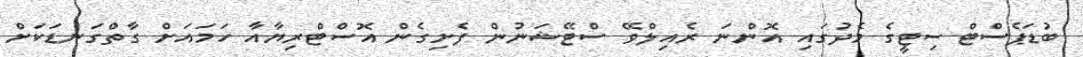
ބުޑަޕެސްޓް ސިޓީގެ މެދުގައި އޮންނަ ރެއިލްވޭ ސްޓޭޝަނުން ފެށިގެން އޮސްޓްރިޔާއާ ހަމައަށް ގާތްގަނޑަކަށް